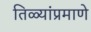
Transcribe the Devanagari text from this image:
तिळ्यांप्रमाणे